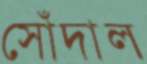
সোঁদাল